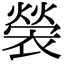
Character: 褮